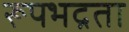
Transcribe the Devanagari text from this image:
रूपभद्रता